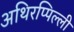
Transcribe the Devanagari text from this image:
अथिरप्पिल्ली